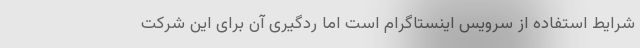
شرایط استفاده از سرویس اینستاگرام است اما ردگیری آن برای این شرکت